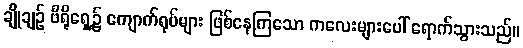
ချိုချဉ် ဗီရိုရှေ့၌ ကျောက်ရုပ်များ ဖြစ်နေကြသော ကလေးများပေါ် ရောက်သွားသည်။